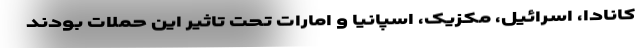
کانادا، اسرائیل، مکزیک، اسپانیا و امارات تحت تاثیر این حملات بودند